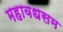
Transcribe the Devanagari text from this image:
महावधसम